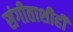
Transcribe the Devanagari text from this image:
संगीताशीही